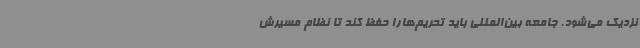
نزدیک می‌شود. جامعه بین‌المللی باید تحریم‌هارا حفظ کند تا نظام مسیرش